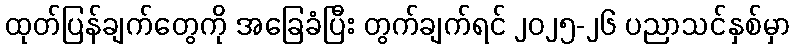
ထုတ်ပြန်ချက်တွေကို အခြေခံပြီး တွက်ချက်ရင် ၂၀၂၅-၂၆ ပညာသင်နှစ်မှာ